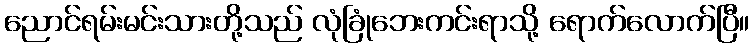
ညောင်ရမ်းမင်းသားတို့သည် လုံခြုံဘေးကင်းရာသို့ ရောက်လောက်ပြီ။